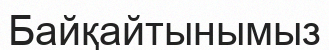
Байқайтынымыз